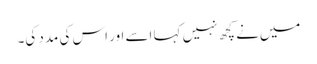
میں‌نے کچھ نہیں کہا اسے اور اس کی مدد کی۔